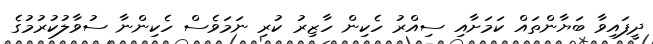
ދީފައިވާ ބަޔާންތައް ކަމަށާއި ސިއްރު ހެކިން ހާޒިރު ކުރި ނަމަވެސް ހެކިންނާ ސުވާލުކުރުމުގެ